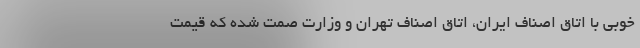
خوبی با اتاق اصناف ایران، اتاق اصناف تهران و وزارت صمت شده که قیمت